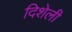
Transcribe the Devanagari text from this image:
दिशेली